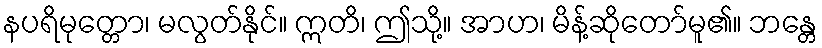
နပရိမုတ္တော၊ မလွတ်နိုင်။ ဣတိ၊ ဤသို့။ အာဟ၊ မိန့်ဆိုတော်မူ၏။ ဘန္တေ